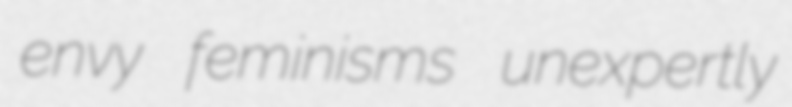
envy feminisms unexpertly